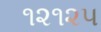
૧૨૧૨૫